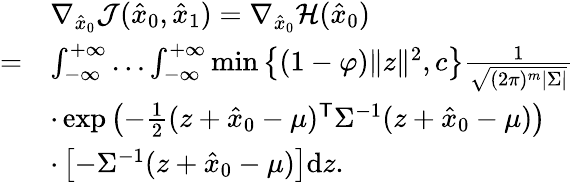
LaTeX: \begin{array}{rl}&{\nabla_{\hat{x}_{0}}\mathcal{J}(\hat{{x}}_{0},\hat{{x}}_{1})=\nabla_{\hat{x}_{0}}\mathcal{H}(\hat{{x}}_{0})}\\ {=}&{\int_{-\infty}^{+\infty}\ldots\int_{-\infty}^{+\infty}\operatorname*{min}\big\{ (1-\varphi)\| {z}\| ^{2},c\big\} \frac{1}{\sqrt{(2\pi)^{m}|{\Sigma}|}}}\\ &{\cdot\exp\left(-\frac{1}{2}({z}+\hat{{x}}_{0}-{\mu})^{\mathsf{T}}{\Sigma}^{-1}({z}+\hat{{x}}_{0}-{\mu})\right)}\\ &{\cdot\left[-{\Sigma}^{-1}({z}+\hat{{x}}_{0}-{\mu})\right]\mathrm{d}{z}.}\end{array}